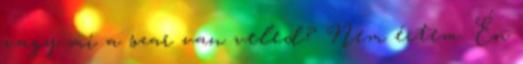
vagy mi a szar van veled? Nem értem. Én